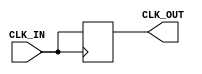
module clock_buffer (
    input wire CLK_IN,  // Input clock signal
    output wire CLK_OUT  // Buffered output clock signal
);

// Internal signal for the buffered clock
reg CLK_OUT_int;

// Always block to drive the output based on the input clock
always @(posedge CLK_IN) begin
    CLK_OUT_int <= CLK_IN; // Buffering the input clock
end

// Assign the internal signal to the output
assign CLK_OUT = CLK_OUT_int;

endmodule